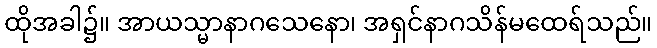
ထိုအခါ၌။ အာယသ္မာနာဂသေနော၊ အရှင်နာဂသိန်မထေရ်သည်။